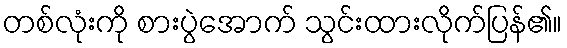
တစ်လုံးကို စားပွဲအောက် သွင်းထားလိုက်ပြန်၏။